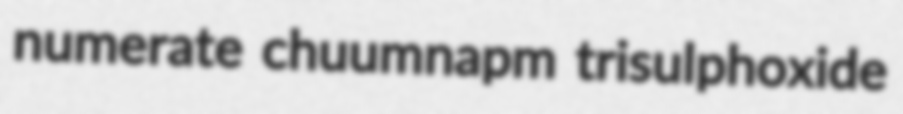
numerate chuumnapm trisulphoxide